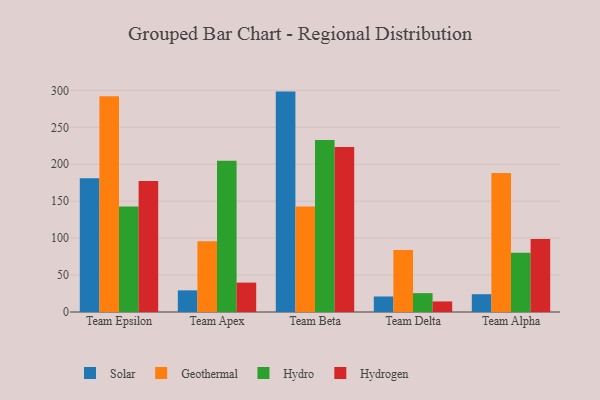
{"axis": {"x": "Team", "y": "Latency (ms)"}, "legend": ["Geothermal", "Hydro", "Hydrogen", "Solar"], "data": [{"x": "Team Epsilon", "y": 181.2, "type": "Solar"}, {"x": "Team Epsilon", "y": 292.0, "type": "Geothermal"}, {"x": "Team Epsilon", "y": 142.7, "type": "Hydro"}, {"x": "Team Epsilon", "y": 177.5, "type": "Hydrogen"}, {"x": "Team Apex", "y": 29.3, "type": "Solar"}, {"x": "Team Apex", "y": 95.8, "type": "Geothermal"}, {"x": "Team Apex", "y": 204.7, "type": "Hydro"}, {"x": "Team Apex", "y": 39.8, "type": "Hydrogen"}, {"x": "Team Beta", "y": 298.4, "type": "Solar"}, {"x": "Team Beta", "y": 142.8, "type": "Geothermal"}, {"x": "Team Beta", "y": 232.8, "type": "Hydro"}, {"x": "Team Beta", "y": 223.4, "type": "Hydrogen"}, {"x": "Team Delta", "y": 21.0, "type": "Solar"}, {"x": "Team Delta", "y": 83.9, "type": "Geothermal"}, {"x": "Team Delta", "y": 25.5, "type": "Hydro"}, {"x": "Team Delta", "y": 14.3, "type": "Hydrogen"}, {"x": "Team Alpha", "y": 24.1, "type": "Solar"}, {"x": "Team Alpha", "y": 188.2, "type": "Geothermal"}, {"x": "Team Alpha", "y": 80.2, "type": "Hydro"}, {"x": "Team Alpha", "y": 99.0, "type": "Hydrogen"}]}